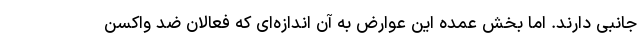
جانبی دارند. اما بخش عمده این عوارض به آن اندازه‌ای که فعالان ضد واکسن